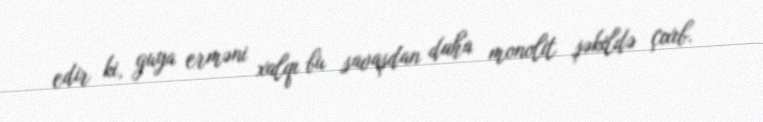
edir ki, guya erməni xalqı bu savaşdan daha monolit şəkildə çıxıb.